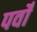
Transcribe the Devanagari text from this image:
पर्वोँ